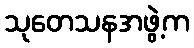
သုတေသနအဖွဲ့က